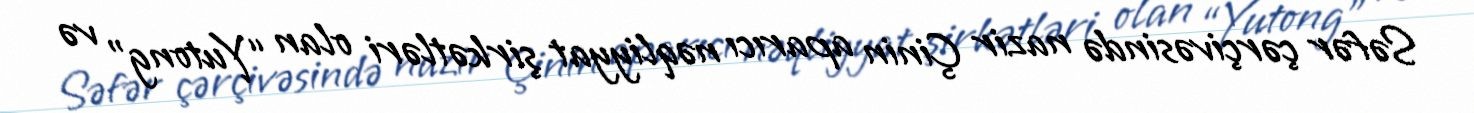
Səfər çərçivəsində nazir Çinin aparıcı nəqliyyat şirkətləri olan “Yutong” və